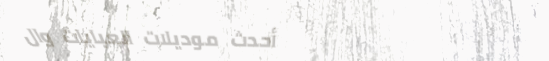
أحدث موديلات العبايات وال